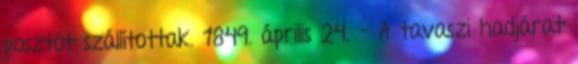
posztót szállítottak. 1849. április 24. – A tavaszi hadjárat